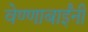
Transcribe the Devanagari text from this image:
वेण्णाबाईंनी